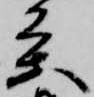
条